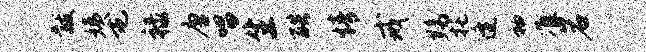
黻姨屯禄唐唱生酷情戒黝托逄袖准岩